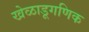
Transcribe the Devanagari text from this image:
खेळाडूगणिक